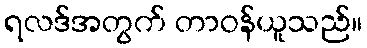
ရလဒ်အတွက် တာဝန်ယူသည်။